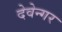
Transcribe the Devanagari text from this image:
देवेन्गर